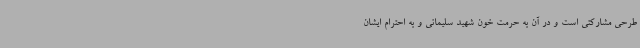
طرحی مشارکتی است و در آن به حرمت خون شهید سلیمانی و به احترام ایشان